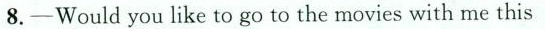
8.-Would you like to go to the movies with me this